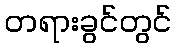
တရားခွင်တွင်